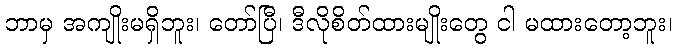
ဘာမှ အကျိုးမရှိဘူး၊ တော်ပြီ၊ ဒီလိုစိတ်ထားမျိုးတွေ ငါ မထားတော့ဘူး၊